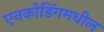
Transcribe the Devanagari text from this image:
एनकोडिंगमधील